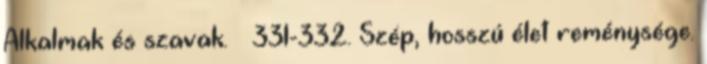
Alkalmak és szavak. – 331-332. Szép, hosszú élet reménysége.